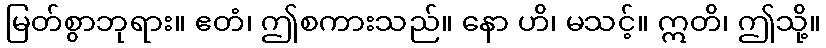
မြတ်စွာဘုရား။ ဧတံ၊ ဤစကားသည်။ နော ဟိ၊ မသင့်။ ဣတိ၊ ဤသို့။